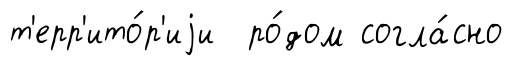
т'ерр'ито́р'иjи ро́дом согла́сно